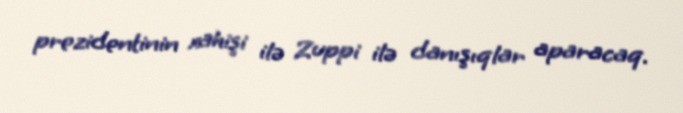
prezidentinin xahişi ilə Zuppi ilə danışıqlar aparacaq.